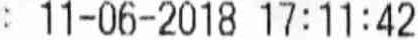
: 11-06-2018 17:11:42